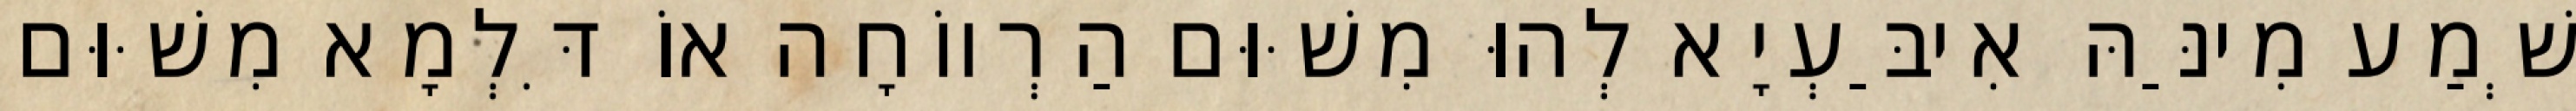
שְׁמַע מִינַּהּ אִיבַּעְיָא לְהוּ מִשּׁוּם הַרְווֹחָה אוֹ דִּלְמָא מִשּׁוּם